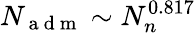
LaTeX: N_{\mathrm{~a~d~m~}}\sim N_{n}^{0.817}